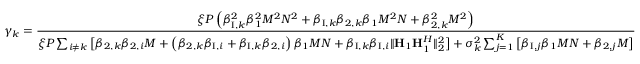
\gamma _ { k } = \frac { \xi P \left( \beta _ { \mathrm { I } , k } ^ { 2 } \beta _ { 1 } ^ { 2 } M ^ { 2 } N ^ { 2 } + \beta _ { \mathrm { I } , k } \beta _ { 2 , k } \beta _ { 1 } M ^ { 2 } N + \beta _ { 2 , k } ^ { 2 } M ^ { 2 } \right) } { \xi P \sum _ { i \neq k } \big [ \beta _ { 2 , k } \beta _ { 2 , i } M + \left( \beta _ { 2 , k } \beta _ { \mathrm { I } , i } + \beta _ { \mathrm { I } , k } \beta _ { 2 , i } \right) \beta _ { 1 } M N + \beta _ { \mathrm { I } , k } \beta _ { \mathrm { I } , i } \Vert { \bf H } _ { 1 } { \bf H } _ { 1 } ^ { H } \Vert _ { 2 } ^ { 2 } \big ] + \sigma _ { k } ^ { 2 } \sum _ { j = 1 } ^ { K } \big [ \beta _ { \mathrm { I } , j } \beta _ { 1 } M N + \beta _ { 2 , j } M \big ] }